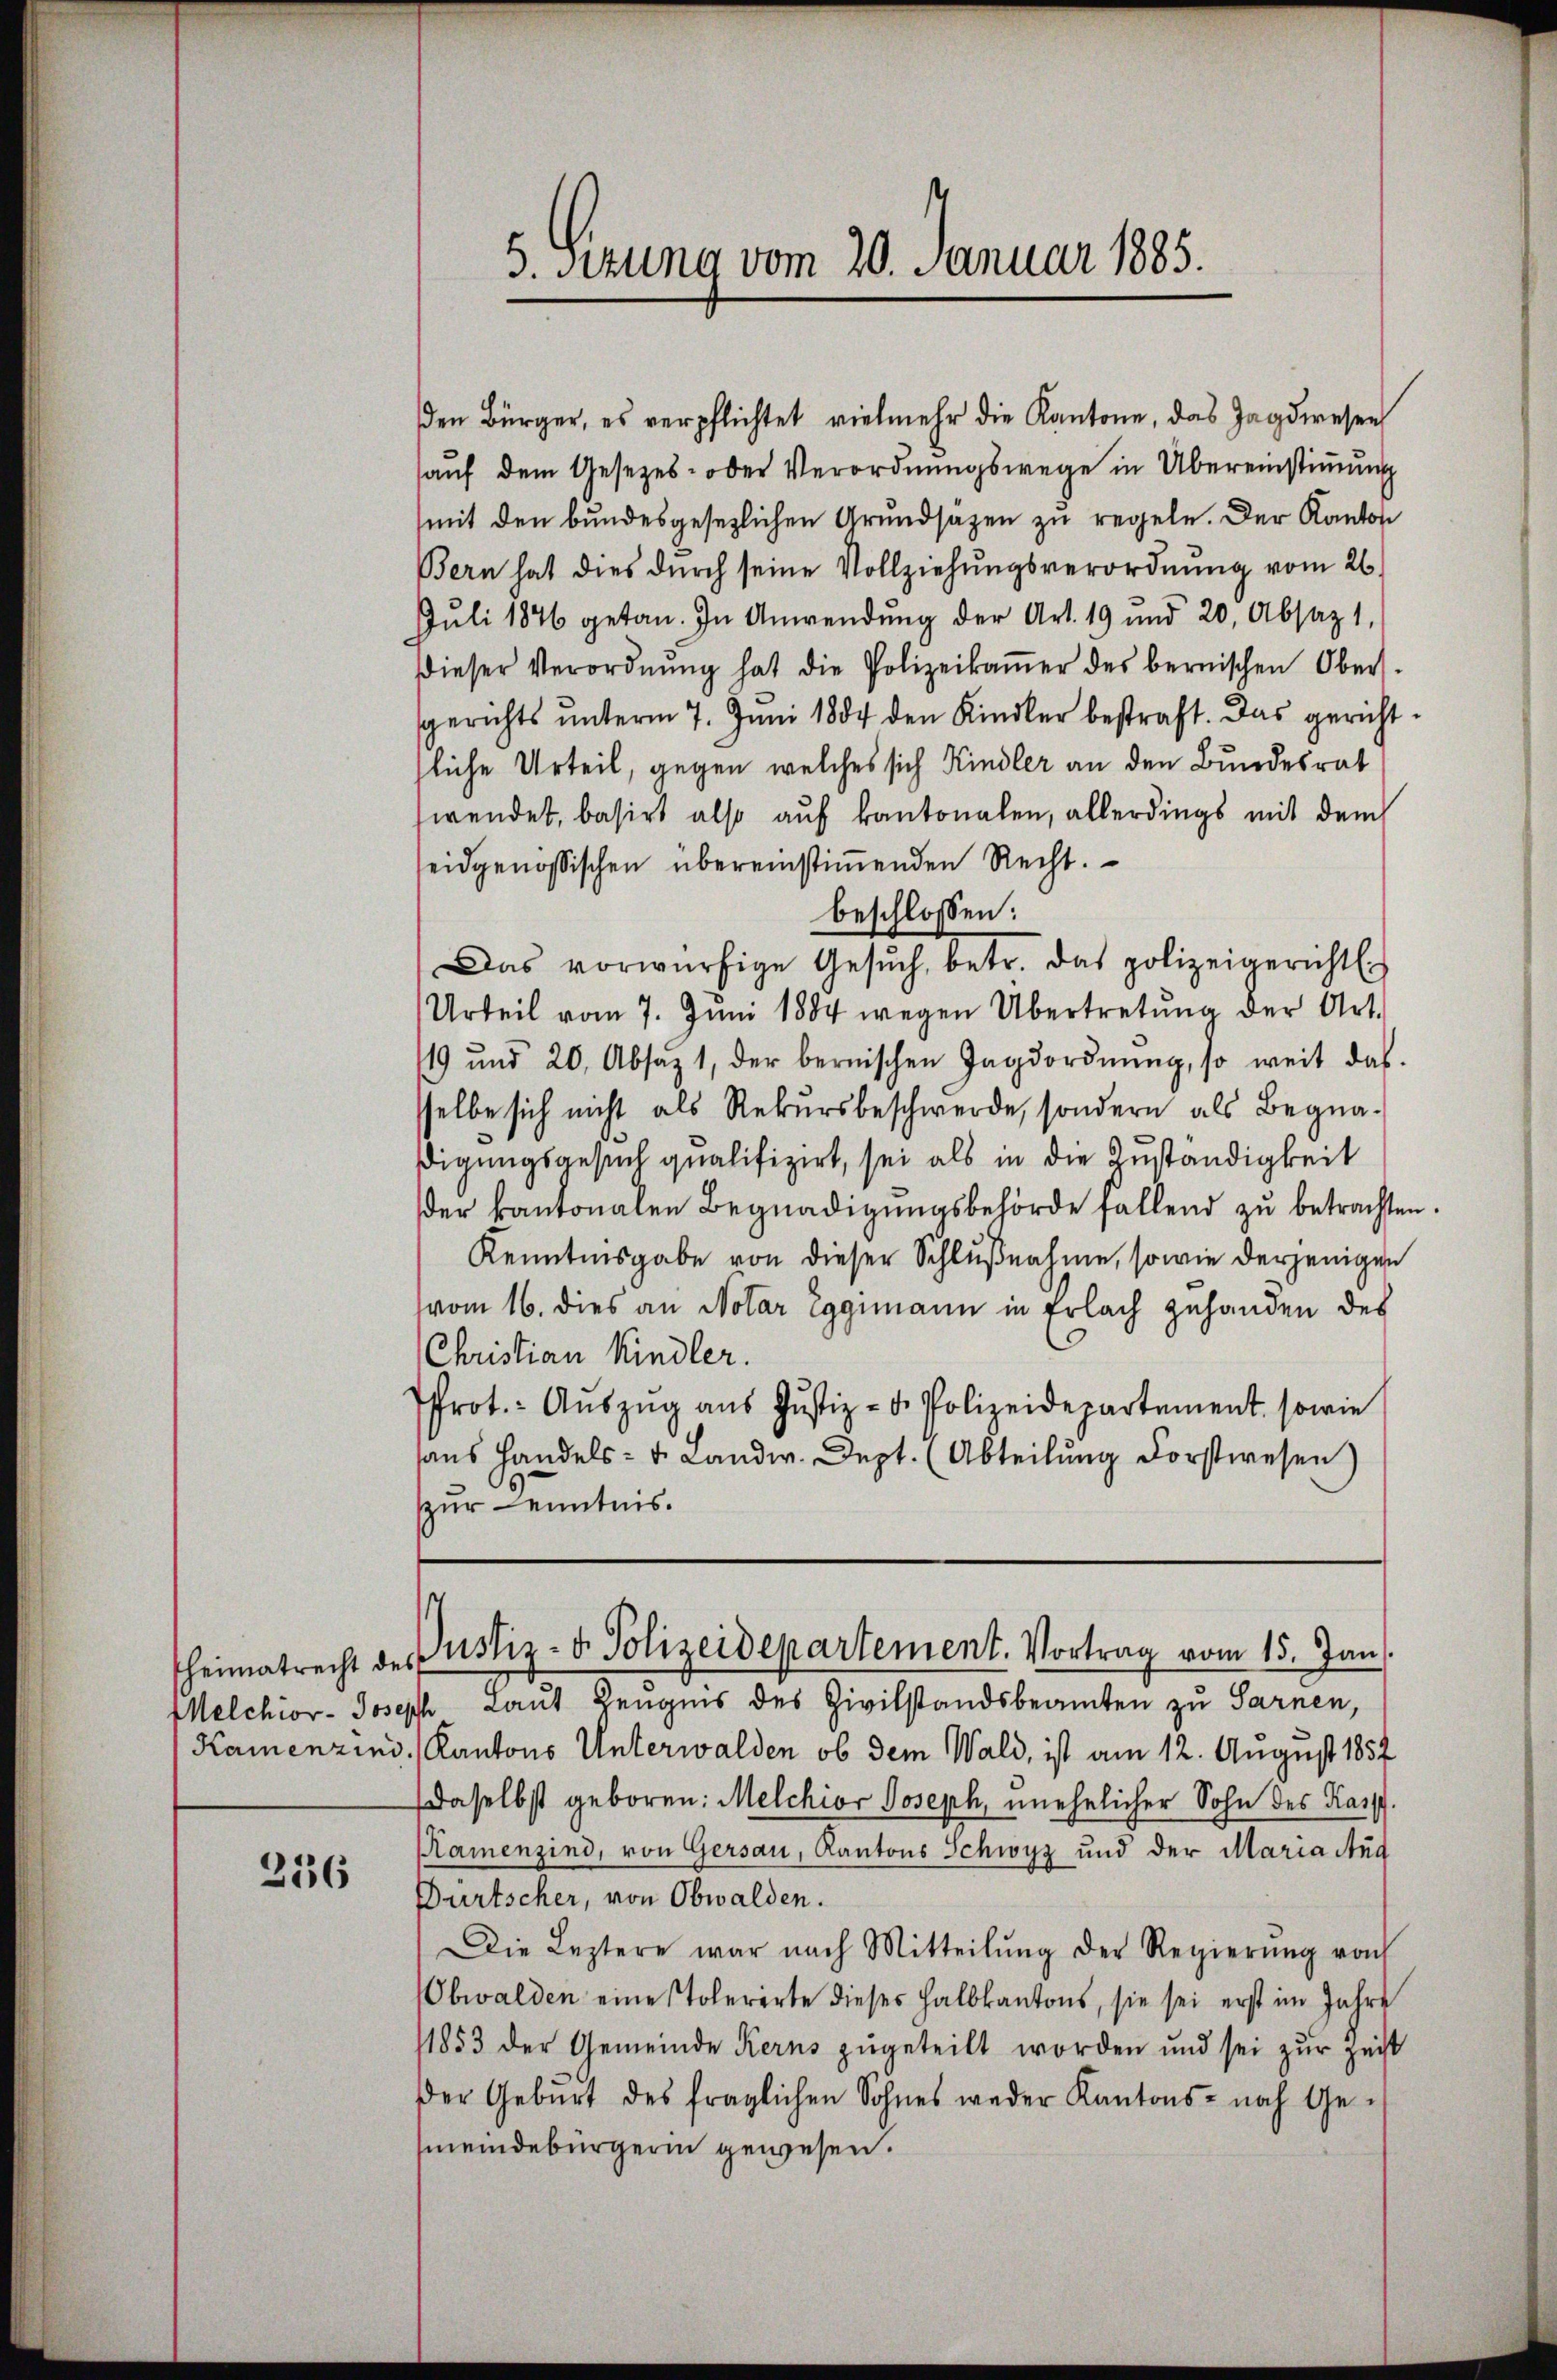
216

den Bürger, es verpflichtet vielmehr die Kantone, das Jagdwesen
auf dem Gesezes- oder Verordnungswege in Übereinstimmung
(mit den bundesgesezlichen Grŭndsätzen zu regeln. Der Kanton
Bern hat dies durch seine Vollziehungsverordnung vom 26.
Juli 1876 getan. In Anwendung der Art. 19 und 20. Absaz 1,
dieser Verordnŭng hat die Polizeikaṁer des bernischen Ober-
sgerichts unterm 7. Juni 1884 den Kindler bestraft. Das gerichtliche Urteil, gegen welches sich Kindler an den Bundesrat
swendet, basirt also auf kantonalen, allerdings mit dem
seidgenössischen übereinstimmenden Recht.
beschlossen:
Das vorwürfige Gesŭch, betr. das polizeigericht.
Urteil vom 7. Juni 1884 wegen Übertretŭng der Art.
19 und 20. Absaz 1, der bernischen Tagsordnŭng, so weit das
sselbe sich nicht als Rekŭrsbeschwerde, sondern als Begna-
digungsgesuch qualifizirt, sei als in die Zuständigkeit
der kantonalen Begnadigŭngsbehörde fallend zŭ betrachten.
Kenntnisgabe von dieser Schlußnahme, sowie derjenigen
vom 16. dies an Notar Eggimann in Erlach zuhanden des
Christian Kindler.
Prot. Aŭszŭg aŭs Jŭstiz- u. Polizeidepartement sowie
haus Handels- u. Landw. Sept. (Abteilung Forstwesen)
zur Kenntnis.

5. Sitzung vom 20. Januar 1885.

Melchior- Joseph Laut Zeugnis des Zivilstandsbeamten zu Sarnen,
Kamenzins, Kantons Unterwalden, ob dem Wald, ist am 12. August 1854
daselbst geboren: Melchior Joseph, unehelicher Sohn des Kasp.
Kamenzind, von Gersau, Kantons Schwyz und der Maria Aud
Dürtscher, von Obwalden.
Die Leztere war nach Mitteilŭng der Regierŭng von
bwalden eine stolerirte dieses halbkantons, sie sei erst im Jahre
11853 der Gemeinde Kerns zugeteilt worden und sei zur Zeit
der Geburt des fraglichen Sohnes weder Kantons- noch Ge-
meindebürgerin gewesen.

¬
heimatrecht des ustiz- & Polizeidepartement. Vortrag vom 15. Jan.